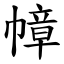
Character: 幛